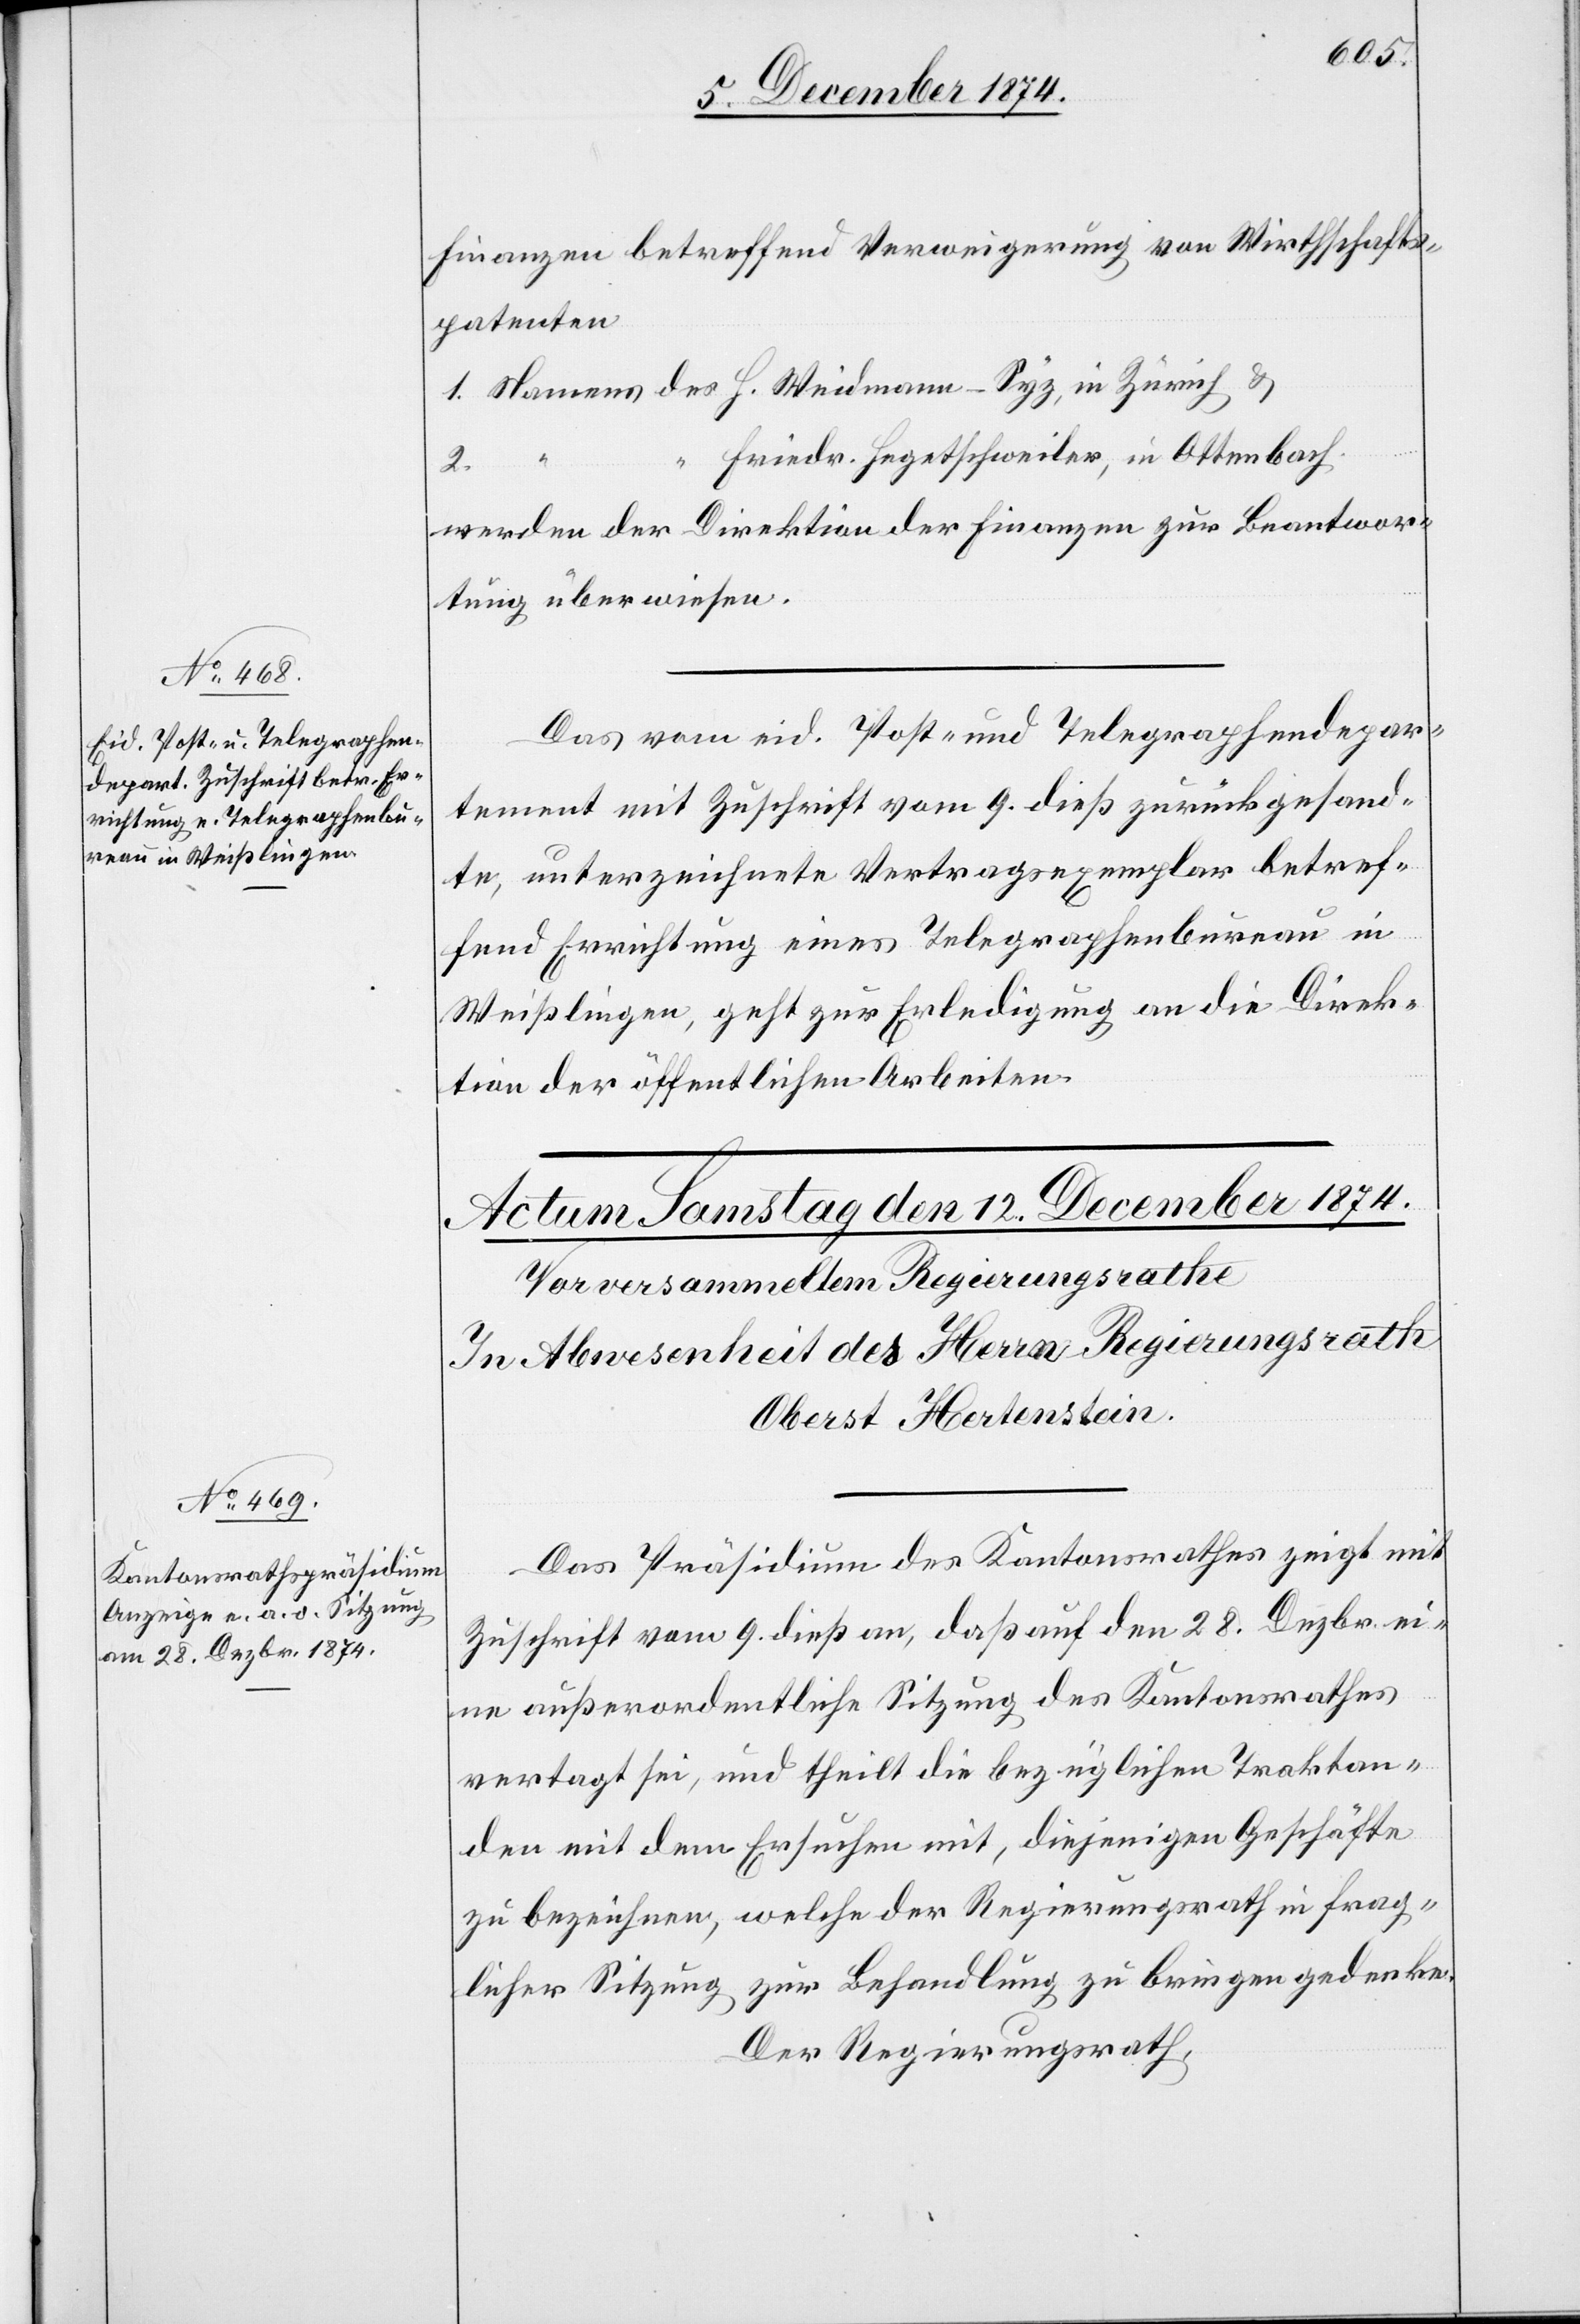
10. Dezember 1874.]
Finanzen betreffend Verweigerung von Wirthschafts¬
patenten
1. Namens des H. Weidmann-Syz, in Zürich &
“ Friedr. Hegetschweiler, in Ottenbach
2.
werden der Direktion der Finanzen zur Beantwor¬
tung überwiesen.
Das vom eid. Post- und Telegraphendepar¬
tement mit Zuschrift vom 9. dieß zurückgesand¬
te, unterzeichnete Vertragsexemplar betref¬
fend Errichtung eines Telegraphenbureau in
Weißlingen, geht zur Erledigung an die Direk¬
tion der öffentlichen Arbeiten.
Das Präsidium des Kantonsrathes zeigt mit
Zuschrift vom 9. dieß an, daß auf den 28. Dezbr. ei¬
ne außerordentliche Sitzung des Kantonsrathes
vertagt sei, und theilt die bezüglichen Traktan¬
den mit dem Ersuchen mit, diejenigen Geschäfte
zu bezeichnen, welche der Regierungsrath in frag¬
licher Sitzung zur Behandlung zu bringen gedenke.
Der Regierungsrath,